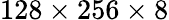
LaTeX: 128\times 256\times 8